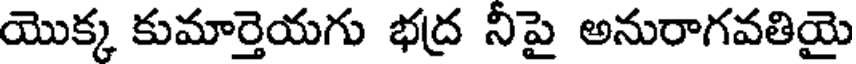
యొక్క కుమార్తెయగు భద్ర నీపై అనురాగవతియై